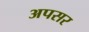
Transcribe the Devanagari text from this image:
अपसर